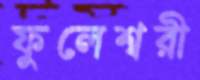
ফুলেশ্বরী